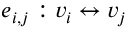
e _ { i , j } : v _ { i } \leftrightarrow v _ { j }